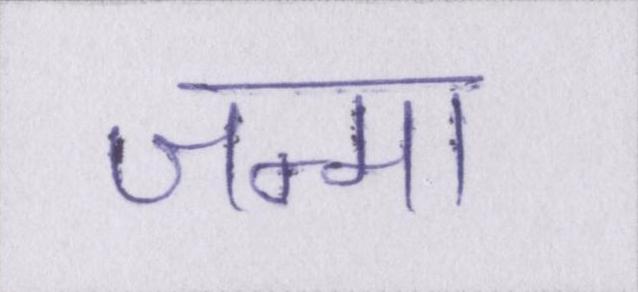
जन्मा